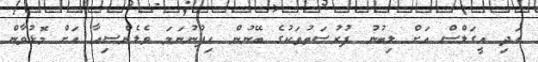
އަދި އީގަލްސް އަށް ލިބުނު ފުރުސަތުތަކުގެ ބޭނުން ހިފުނުނަމަ ވެލެންސިއާ އަށް މޮޅުވާން